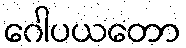
ဂေါပယတော